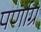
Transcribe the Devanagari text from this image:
पर्णाग्र